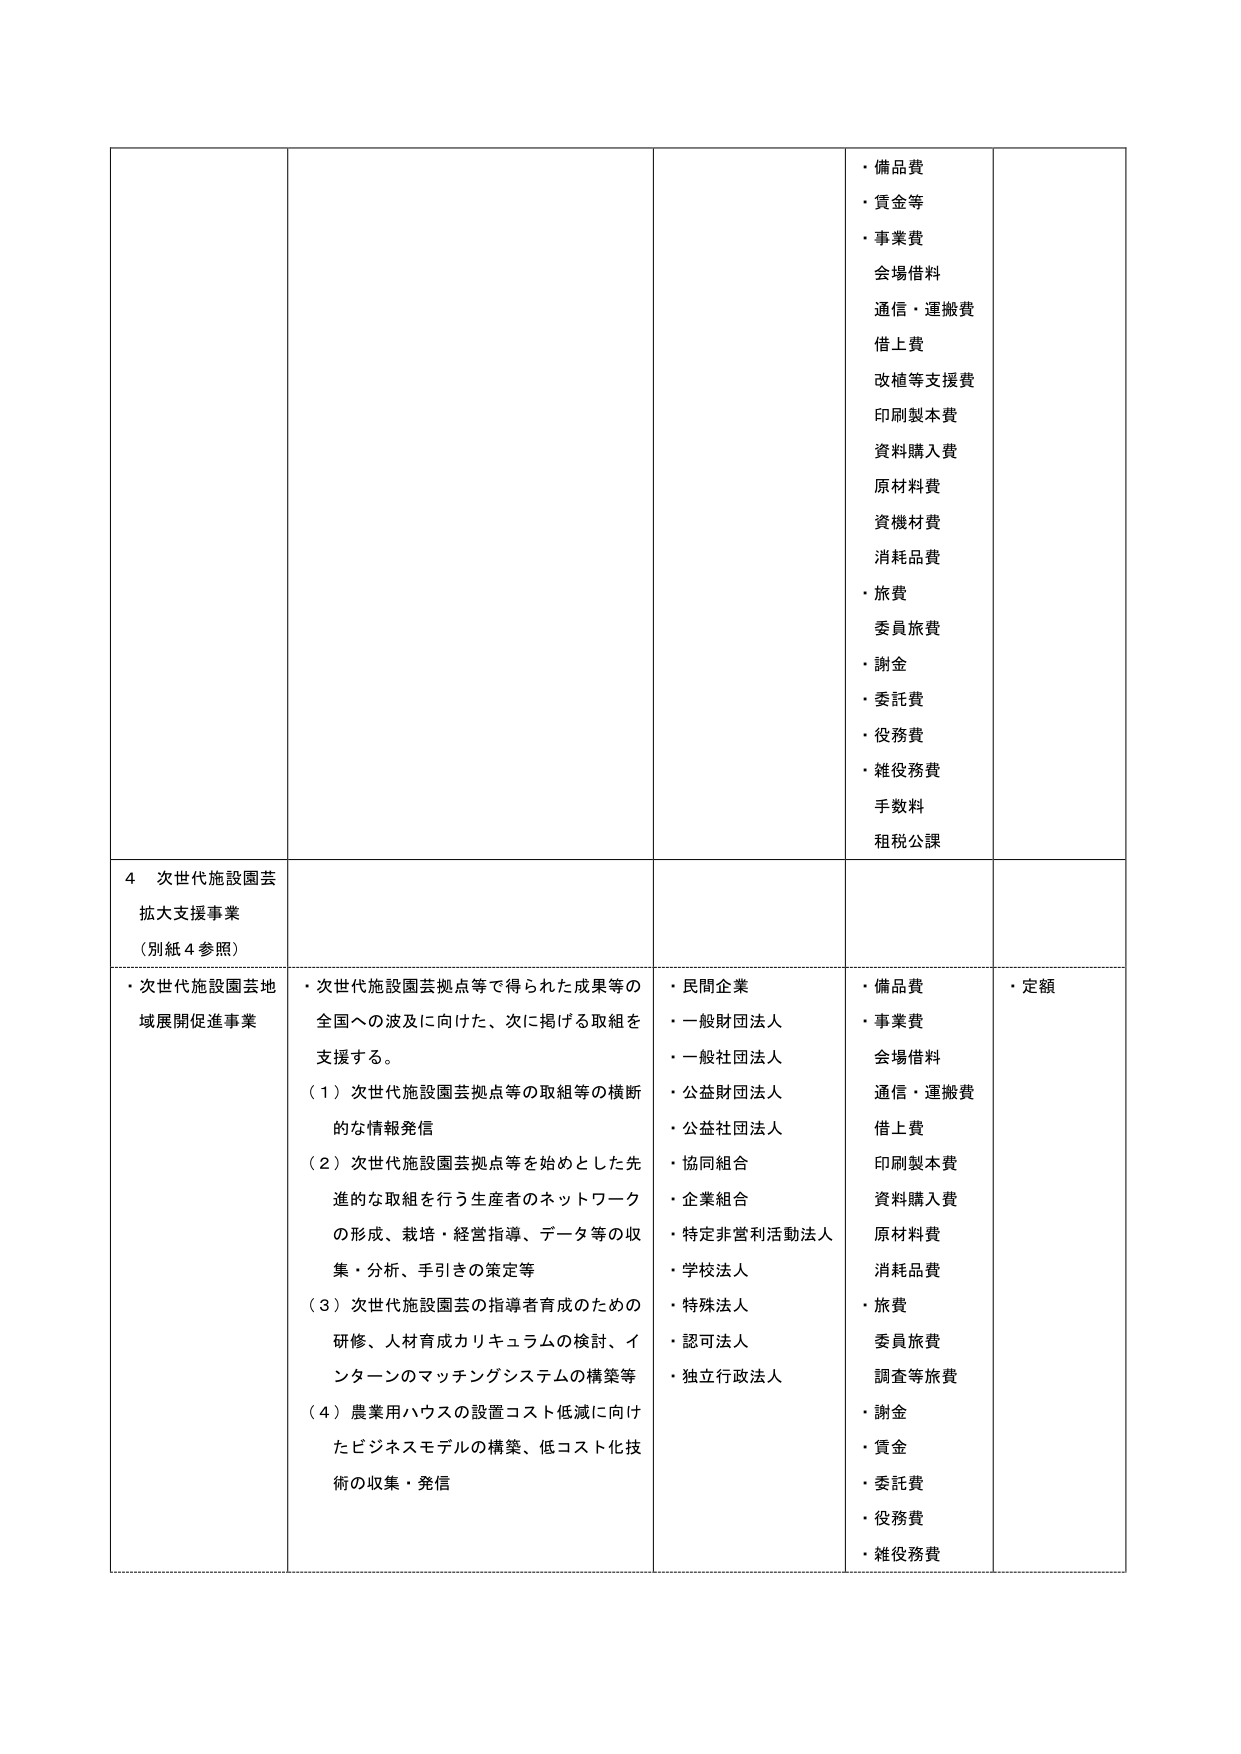
・備品費
・賃金等
・事業費
会場借料
通信・運搬費
借上費
改植等支援費
印刷製本費
資料購入費
原材料費
資機材費
消耗品費
・旅費
委員旅費
・謝金
・委託費
・役務費
・雑役務費
手数料
租税公課

4 次世代施設園芸
拡大支援事業
（別紙4参照）

・次世代施設園芸地域展開促進事業
・次世代施設園芸拠点等で得られた成果等の
全国への波及に向けた、次に掲げる取組を
支援する。
（1）次世代施設園芸拠点等の取組等の横断的
な情報発信
（2）次世代施設園芸拠点等を始めとした先
進的な取組を行う生産者のネットワーク
の形成、栽培・経営指導、データ等の収
集・分析、手引きの策定等
（3）次世代施設園芸の指導者育成のための
研修、人材育成カリキュラムの検討、イ
ンターンのマッチングシステムの構築等
（4）農業用ハウスの設置コスト低減に向け
たビジネスモデルの構築、低コスト化技
術の収集・発信

・民間企業
・一般財団法人
・一般社団法人
・公益財団法人
・公益社団法人
・協同組合
・企業組合
・特定非営利活動法人
・学校法人
・特殊法人
・認可法人
・独立行政法人

・備品費
・事業費
会場借料
通信・運搬費
借上費
印刷製本費
資料購入費
原材料費
消耗品費
・旅費
委員旅費
調査等旅費
・謝金
・賃金
・委託費
・役務費
・雑役務費

・定額